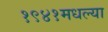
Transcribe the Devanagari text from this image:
१९४१मधल्या